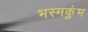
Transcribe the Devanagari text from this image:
भस्मकुंभ